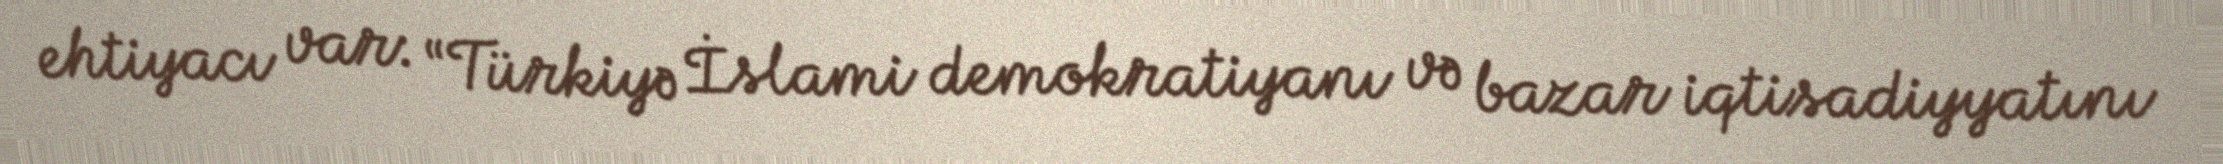
ehtiyacı var: “Türkiyə İslami demokratiyanı və bazar iqtisadiyyatını